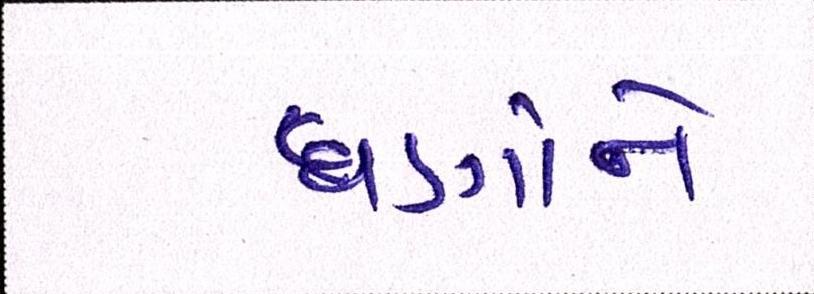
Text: ઘણાંને